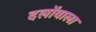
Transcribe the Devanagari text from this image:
दलोंवाला